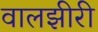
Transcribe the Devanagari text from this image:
वालझीरी